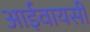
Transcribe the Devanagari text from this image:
आईवायसी